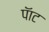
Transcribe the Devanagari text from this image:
पॅाट